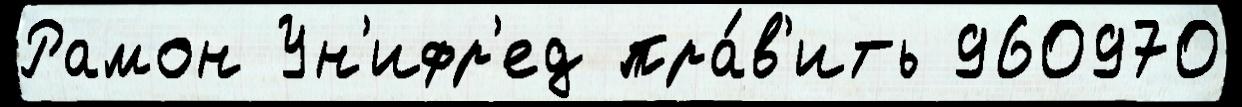
Рамон Ун'ифр'ед пра́в'ить 960970